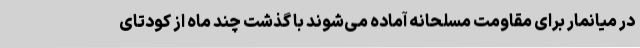
در میانمار برای مقاومت مسلحانه آماده می‌شوند با گذشت چند ماه از کودتای